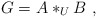
\begin{align*}G = A *_U B\ ,\end{align*}